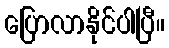
ပြောလာနိုင်ပါပြီ။